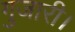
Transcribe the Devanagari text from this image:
गुजारी।